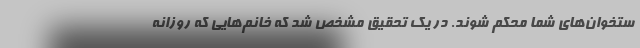
ستخوان‌های شما محکم شوند. در یک تحقیق مشخص شد که خانم‌هایی که روزانه